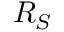
R _ { S }